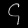
Digit: ၄